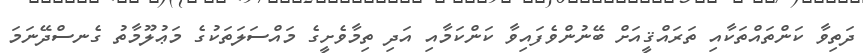
ދަތިވާ ކަންތައްތަކާއި ތަރައްޤީއަށް ބޭނުންވެފައިވާ ކަންކަމާއި އަދި ތިމާވެށީގެ މައްސަލަތަކުގެ މަޢުލޫމާތު ގެނސްދޭނަމަ